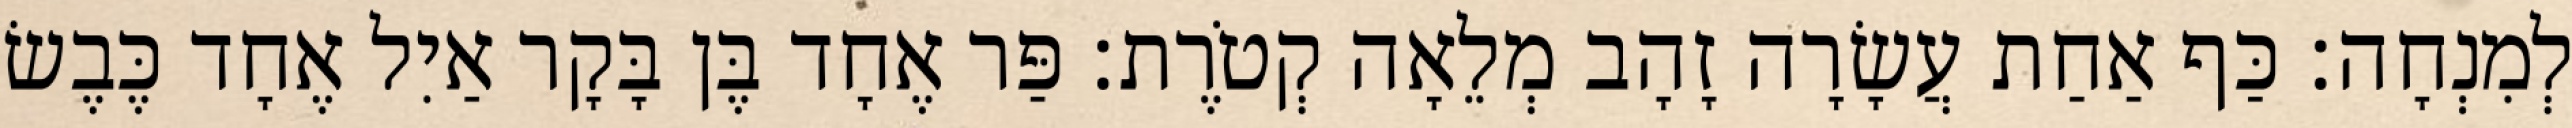
לְמִנְחָה׃ כַּף אַחַת עֲשָׂרָה זָהָב מְלֵאָה קְטֹרֶת׃ פַּר אֶחָד בֶּן בָּקָר אַיִל אֶחָד כֶּבֶשׂ